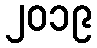
၂၀၁၉